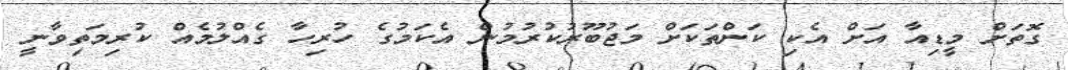
ގޮތަށް މީޑިއާ އަށް އެކި ކަންތަކަށް މަޖުބޫރުކުރުމުން އެކަމުގެ ހުރިހާ ގެއްލުމެއް ކުރިމަތިވާނީ